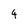
Character: 4